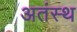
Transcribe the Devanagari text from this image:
अतंस्थ